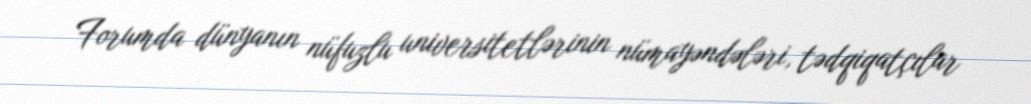
Forumda dünyanın nüfuzlu universitetlərinin nümayəndələri, tədqiqatçılar